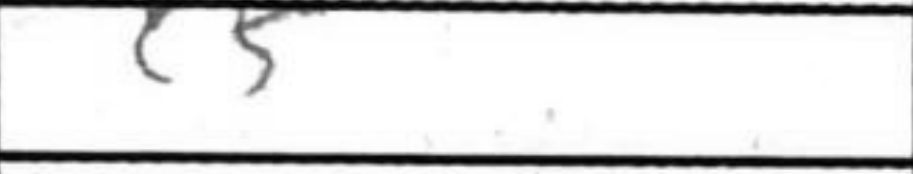
Transcription: c5